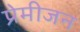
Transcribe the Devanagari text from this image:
प्रेमीजन